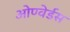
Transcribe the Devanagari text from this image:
ओण्वेर्डस